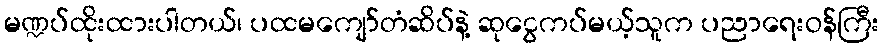
မဏ္ဍပ်ထိုးထားပါတယ်၊ ပထမကျော်တံဆိပ်နဲ့ ဆုငွေကပ်မယ့်သူက ပညာရေးဝန်ကြီး